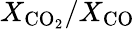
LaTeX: X_{\mathrm{CO_{2}}}/X_{\mathrm{CO}}